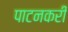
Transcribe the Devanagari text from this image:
पाटनकरी